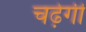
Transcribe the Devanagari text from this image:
चढ़ेगी